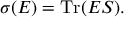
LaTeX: \sigma ( E ) = \operatorname { T r } ( E S ) .